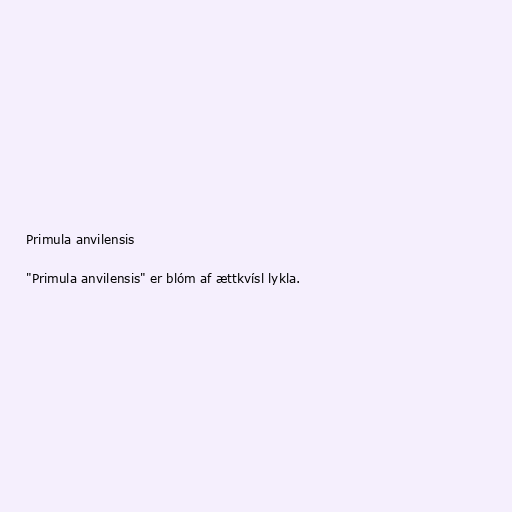
Primula anvilensis

"Primula anvilensis" er blóm af ættkvísl lykla.